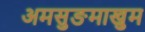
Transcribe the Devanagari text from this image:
अमसुङमाखुम